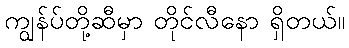
ကျွန်ပ်တို့ဆီမှာ တိုင်လီနော ရှိတယ်။